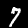
Label: 7